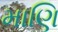
માણિ